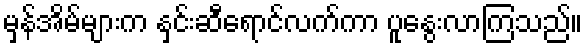
မှန်အိမ်များက နှင်းဆီရောင်လက်ကာ ပူနွေးလာကြသည်။